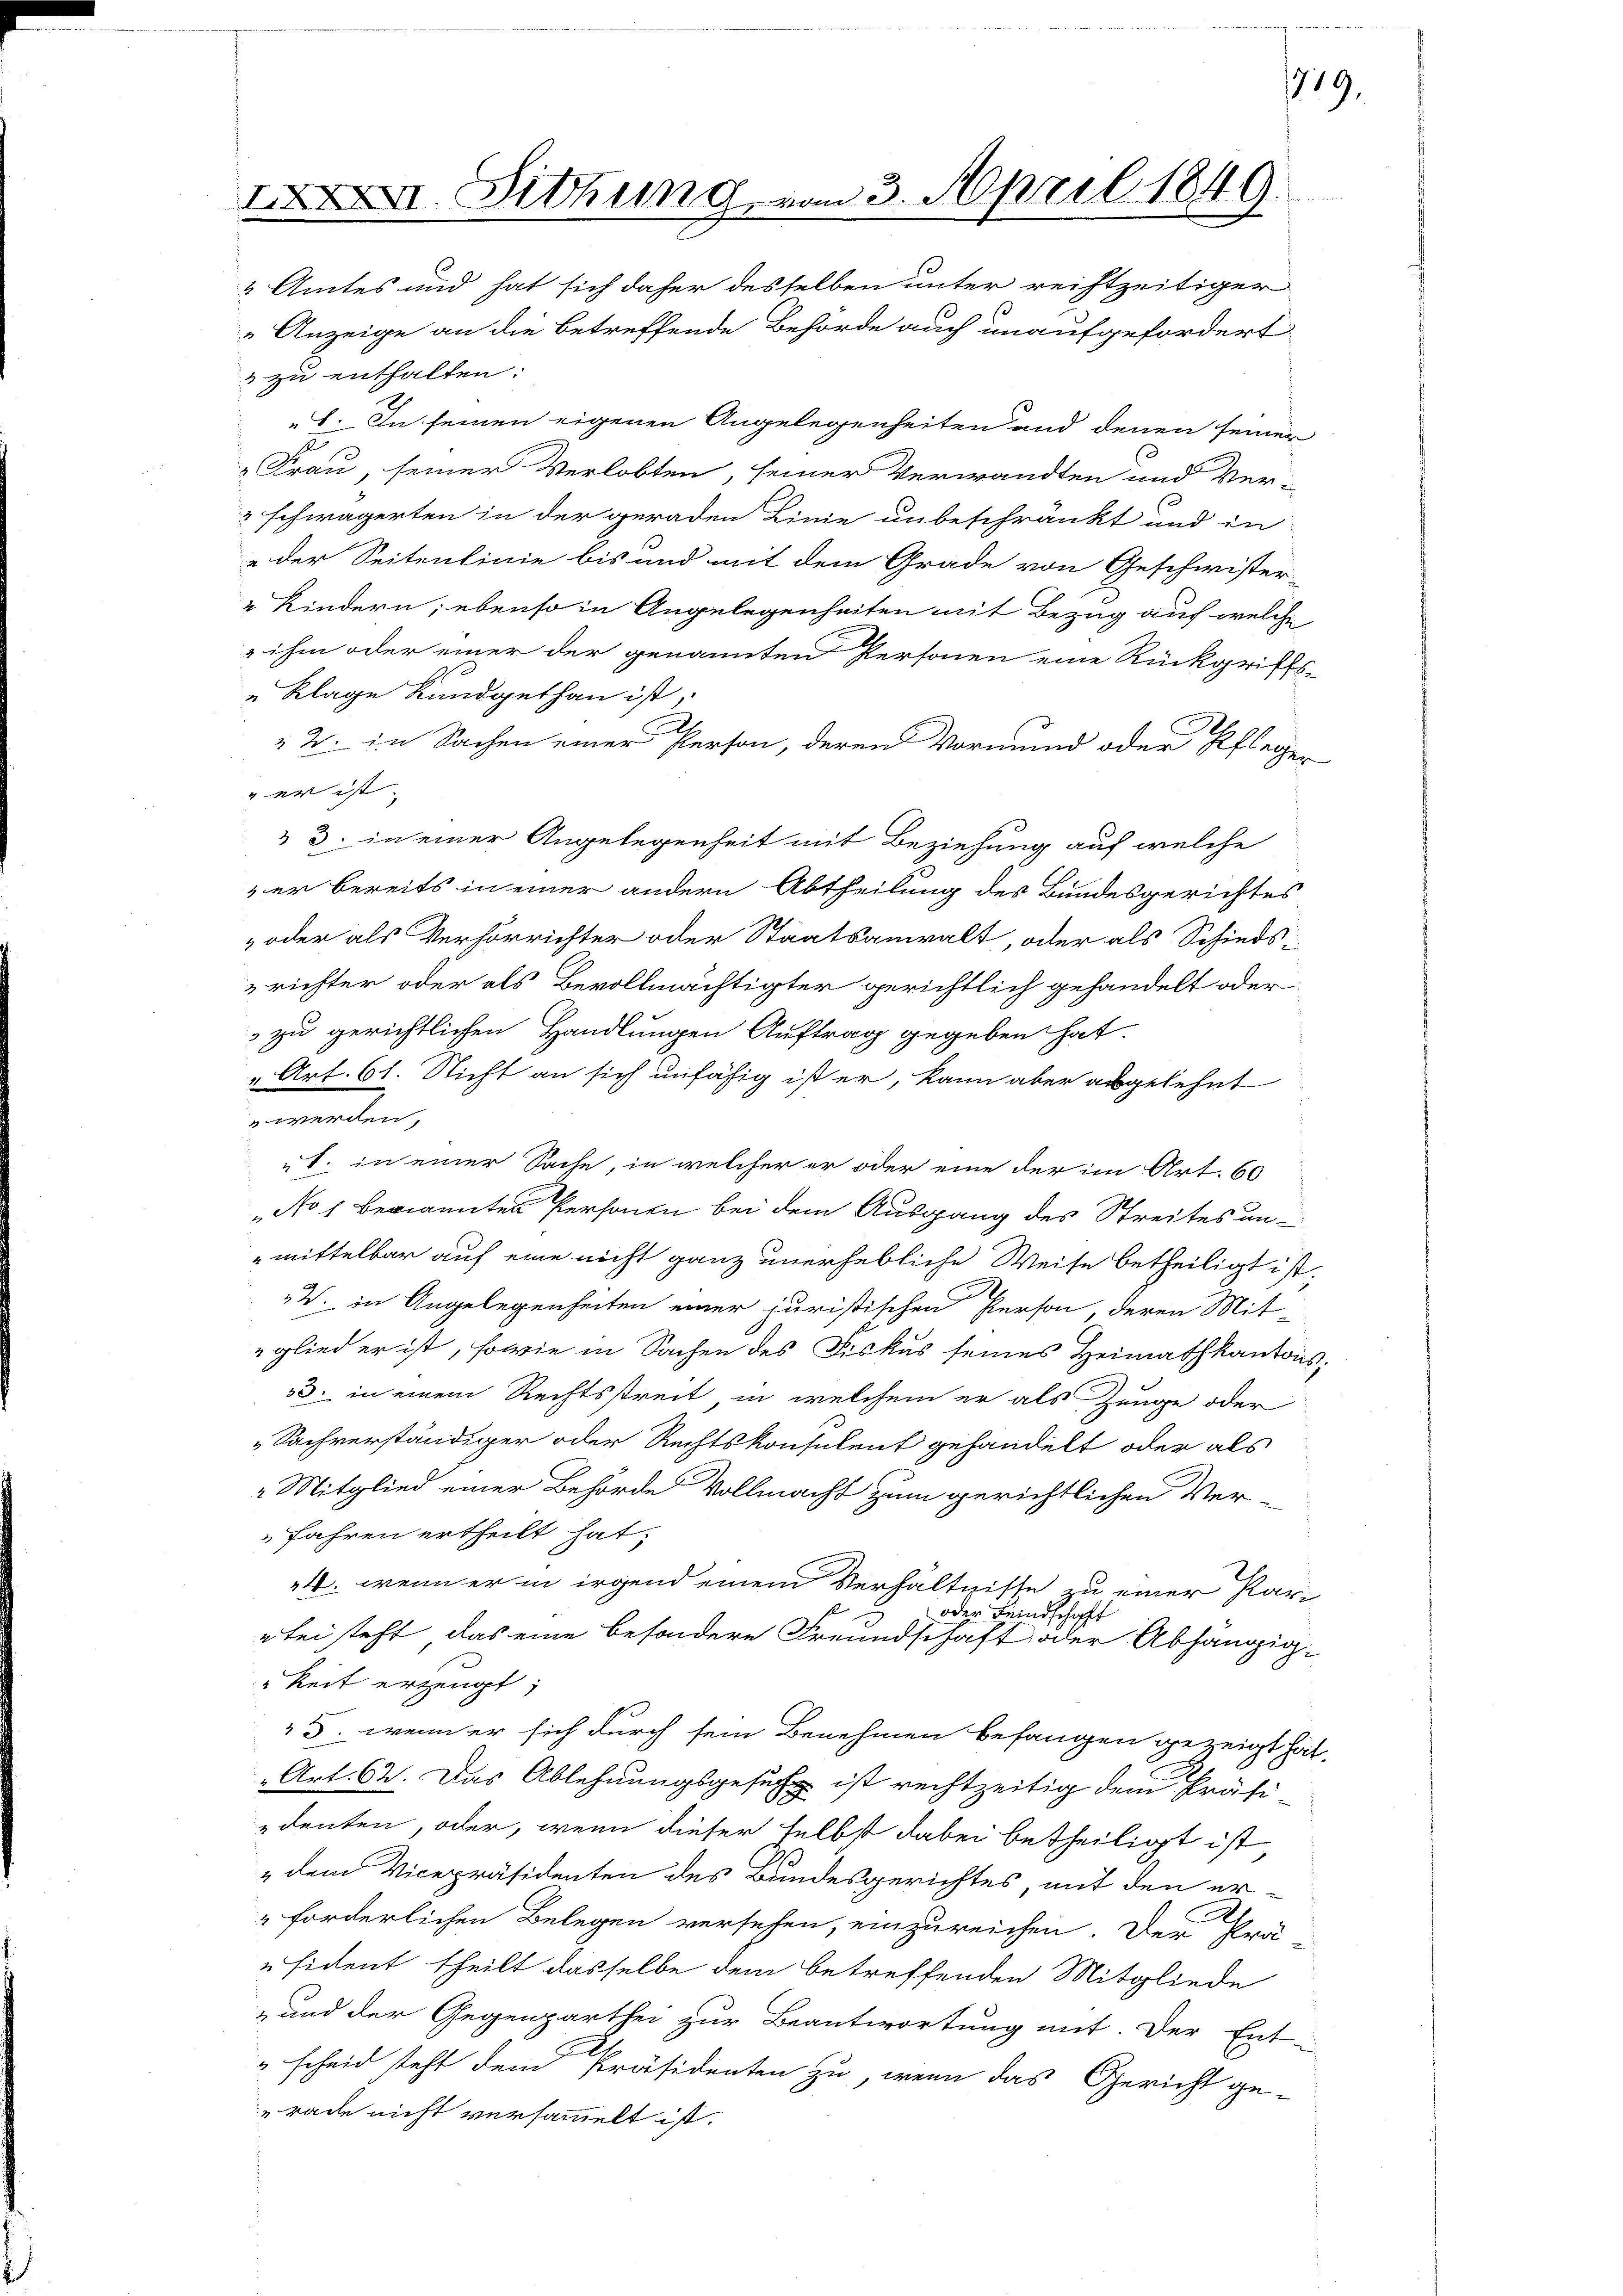
I. Siehung vom 3. April 1849.

zu enthalten:

719.

2 Amtes und hat sich daher desselben unter reiftzeitiger
Anzeige an die betreffende Behörde auch unaufgefordert
1. In seinen eigenen Angelegenheiten und denen seiner
Frau, seiner Verlobten, seiner Verwandten und Ver-
 schwägerten in der geraden Linie unbeschränkt und in
eder Seitenlinie bis und mit dem Grade von Geschwister
2 Kindern; ebenso in Angelegenheiten mit Bezug auf welche
 ihm oder einer der genannten Personen eine Rückgriffs-
„Klage Kundgethan ist,
2. in Sachen einer Person, deren Vormund oder Pflegen
 er ist.
 3. in einer Angelegenheit mit Beziehung auf welche
er bereits in einer andern Abtheilung des Bundesgerichtes
oder als Verhörrichter oder Staatsanwalt, oder als Schieds¬
& richter oder als Bevollmächtigter gerichtlich gehandelt oder
 zu gerichtlichen Handlungen Auftrag gegeben hat.
" Art. 61. Nicht an sich unfähig ist er, kann aber abgelehnt
 werden.
1. in einer Sache, in welcher er oder eine der im Art. 60
„No 1 bekannten Personen bei dem Ausgang des Streites un-
mittelbar auf eine nicht ganz unerhebliche Weise betheiligt ist.
W. in Angelegenheiten einer juristischen Person, deren Mit-
glieder ist, sowie in Sachen des Fiskus seines Heimathkantons¬
33. in einem Rechtsstreit in welchem er als Zeuge oder
„Sachverständiger oder Rechtskonsulent gehandelt oder als
 Mitglied einer Behörde Vollmacht zum gerichtlichen Ver-
fahren ertheilt hat;
4. wenn er in irgend einem Verhältnisse zu einer Par¬
oder Feindschaft
"bei steht, das eine besondere Freundschaft oder Abhängig-
keit erzeugt,
5. wenn er sich durch sein Benehmen befangen gezeigt hat
„Art. 62. Das Ablehnungsgesuch ist rechtzeitig dem Präsi
denten, oder, wenn dieser selbst dabei betheiligt ist
„dem Vicepräsidenten des Bundesgerichtes, mit den er-
forderlichen Belegen versehen, einzureichen. Der Prä-
"sident theilt dasselbe dem betreffenden Mitgliede
-und der Gegenparthei zur Beantwortung mit. Der Ent-
" scheid steht dem Präsidenten zu, wenn das Gericht ge-
rade nicht versammelt ist.